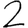
Digit: 2